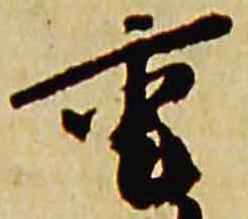
重